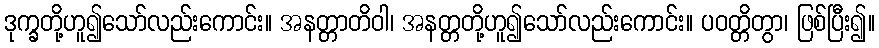
ဒုက္ခတို့ဟူ၍သော်လည်းကောင်း။ အနတ္တာတိဝါ၊ အနတ္တတို့ဟူ၍သော်လည်းကောင်း။ ပဝတ္တိတွာ၊ ဖြစ်ပြီး၍။